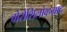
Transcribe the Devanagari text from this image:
वोरोशिलोव्हग्राद